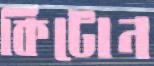
কিটোন